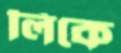
লিকে